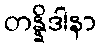
တန္နိဒါနာ